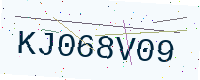
Text: KJ068V09